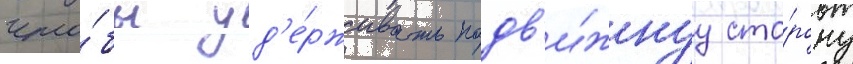
что́бы уд'е́рживать подв'и́жнуу сто́рону